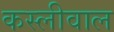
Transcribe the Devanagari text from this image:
कस्लीवाल